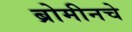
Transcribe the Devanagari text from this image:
ब्रोमीनचे